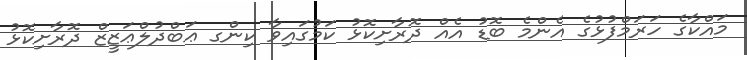
މައްކާގެ ހަރަމްފުޅުގެ އެންމެ ބޮޑު އެއް ދޮރާށިކޮޅު ކަމުގައިވާ ކިންގ ޢަބްދުލްޢަޒީޒް ދޮރާށިކޮޅު